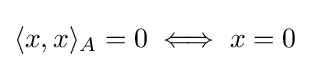
\langle x,x\rangle _{A}=0\iff x=0